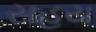
સહય